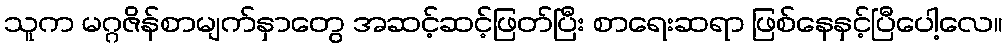
သူက မဂ္ဂဇိန်စာမျက်နှာတွေ အဆင့်ဆင့်ဖြတ်ပြီး စာရေးဆရာ ဖြစ်နေနှင့်ပြီပေါ့လေ။